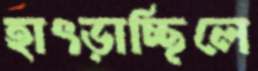
হাৎড়াচ্ছিলে